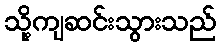
သို့ကျဆင်းသွားသည်